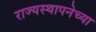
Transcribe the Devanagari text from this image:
राज्‍यस्‍थापनेच्या